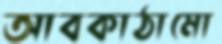
আবকাঠামো